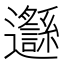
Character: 邎